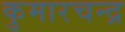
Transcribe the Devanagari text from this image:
कुमारचन्द्र